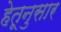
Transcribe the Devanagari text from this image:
हेतूनुसार